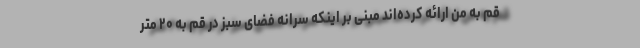
قم به من ارائه کرده‌اند مبنی بر اینکه سرانه فضای سبز در قم به ۲۰ متر